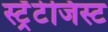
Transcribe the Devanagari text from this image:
स्ट्रॅटेजिस्ट